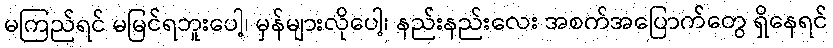
မကြည်ရင် မမြင်ရဘူးပေါ့၊ မှန်များလိုပေါ့၊ နည်းနည်းလေး အစက်အပြောက်တွေ ရှိနေရင်